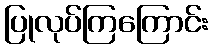
ပြုလုပ်ကြကြောင်း